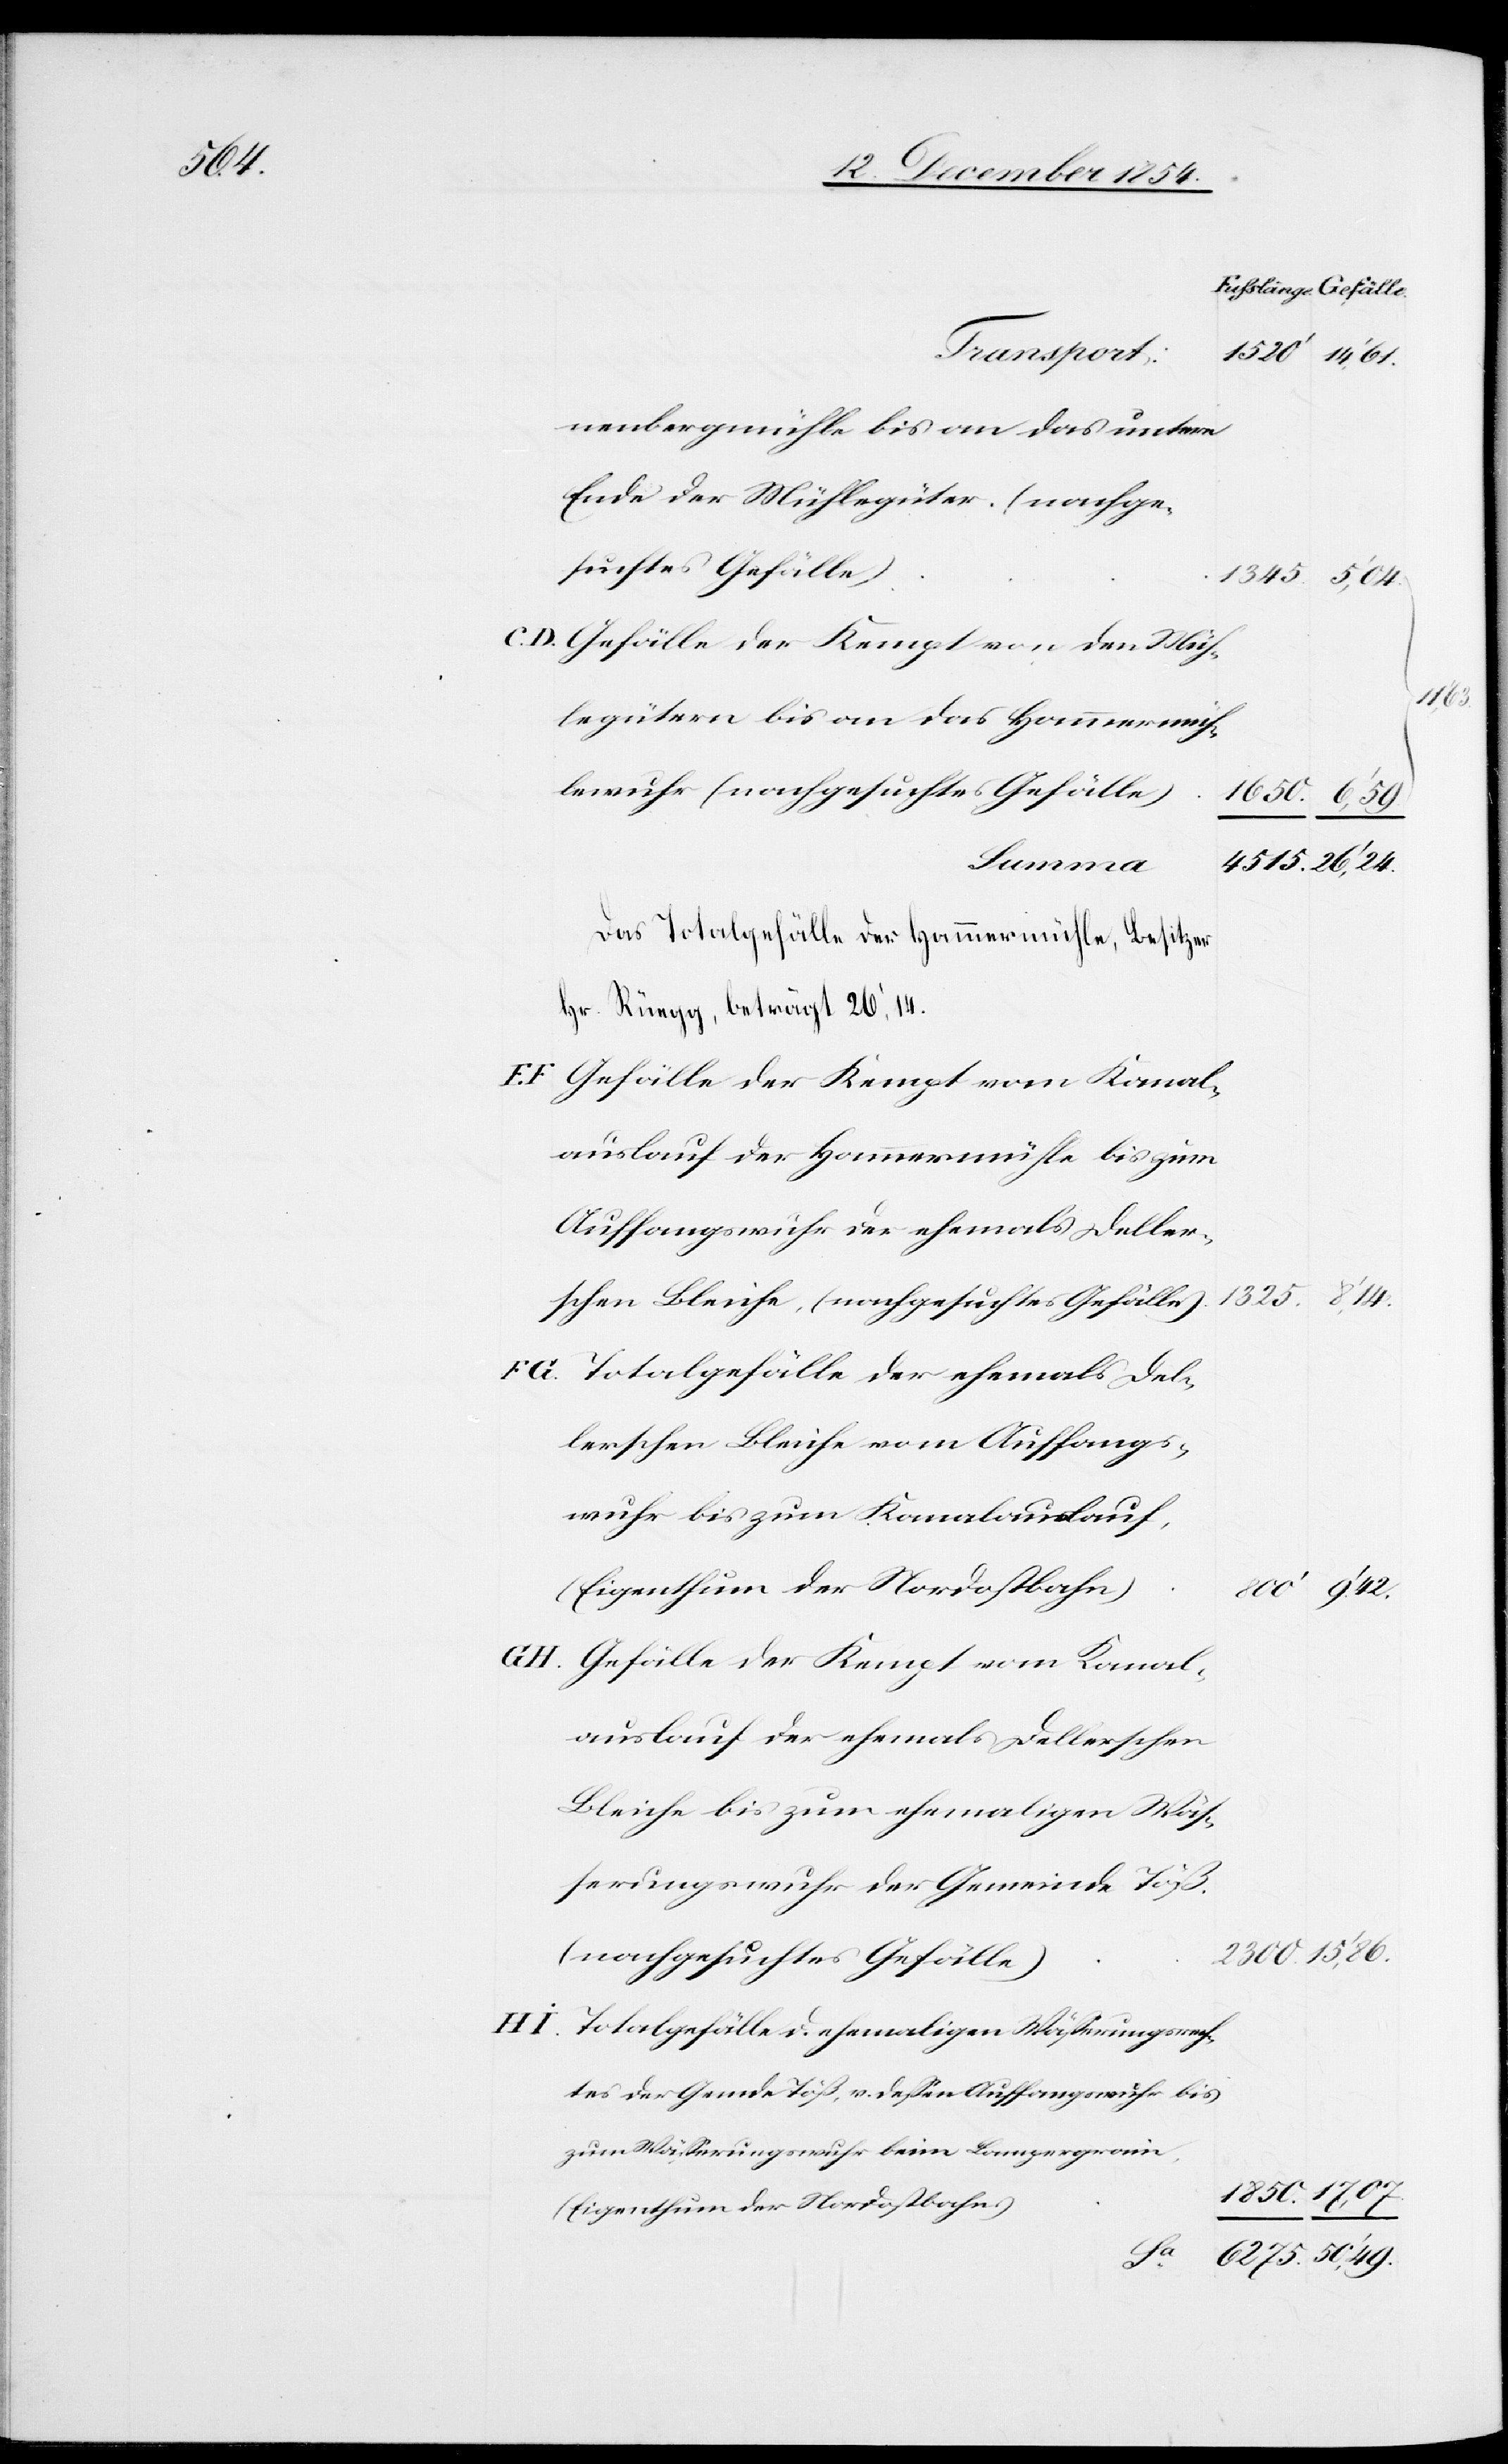
50‘,

nenbergmühle bis an das untere
Ende der Mühlegüter. (nachge¬
suchtes Gefälle)
Gefälle der Kempt von den Müh¬
legütern bis an das Hammermüh¬
lewuhr (nachgesuchtes Gefälle)
Das Totalgefälle der Hammermühle, Besitzer
Hr. Rüegg, beträgt 26‘, 14.
Gefälle der Kemp vom Kanal¬
auslauf der Hammermühle bis zum
Auffangswuhr der ehemals Deller¬
schen Bleiche, (nachgesuchtes Gefälle)
Totalgefälle der ehemals Del¬
lerschen Bleiche vom Auffangs¬
wuhr bis zum Kanalauslauf,
(Eigenthum der Nordostbahn)
auslauf der ehemals Dellerschen
Bleiche bis zum ehemaligen Wäß¬
erungswuhr der Gemeinde Töß.
(nachgesuchtes Gefälle)
Totalgefälle d. ehemaligen Wäßerungsrech¬
tes der Gemde Töß, v. deßen Auffangswuhr bis
zum Wäßerungswuhr beim Lampergrain,
(Eigenthum der Nordostbahn.)
6275.

49.